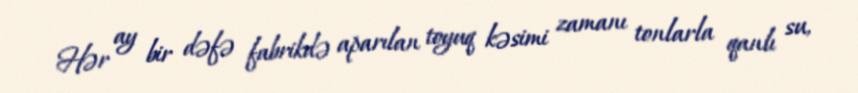
Hər ay bir dəfə fabrikdə aparılan toyuq kəsimi zamanı tonlarla qanlı su,